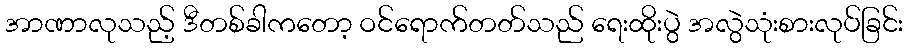
အာဏာလုသည့် ဒီတစ်ခါကတော့ ဝင်ရောက်တတ်သည် ရေးထိုးပွဲ အလွဲသုံးစားလုပ်ခြင်း